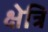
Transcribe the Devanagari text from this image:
क्षेत्रि